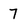
Character: 7